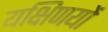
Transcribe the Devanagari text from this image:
यक्षिणयों